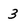
Character: 3